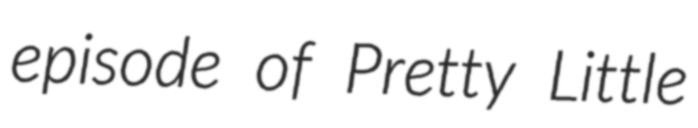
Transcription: episode of Pretty Little